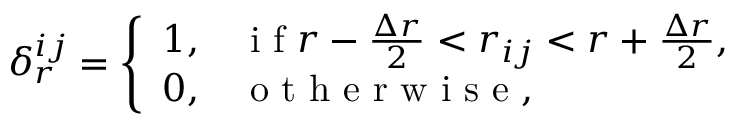
\delta _ { r } ^ { i j } = \left\{ \begin{array} { l l } { 1 , } & { \mathrm { ~ i ~ f ~ } r - \frac { \Delta r } { 2 } < r _ { i j } < r + \frac { \Delta r } { 2 } , } \\ { 0 , } & { \mathrm { ~ o ~ t ~ h ~ e ~ r ~ w ~ i ~ s ~ e ~ } , } \end{array} \right.